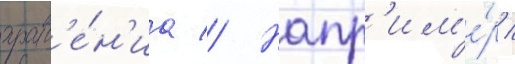
хран'е́н'иа // Напр'им'е́р /